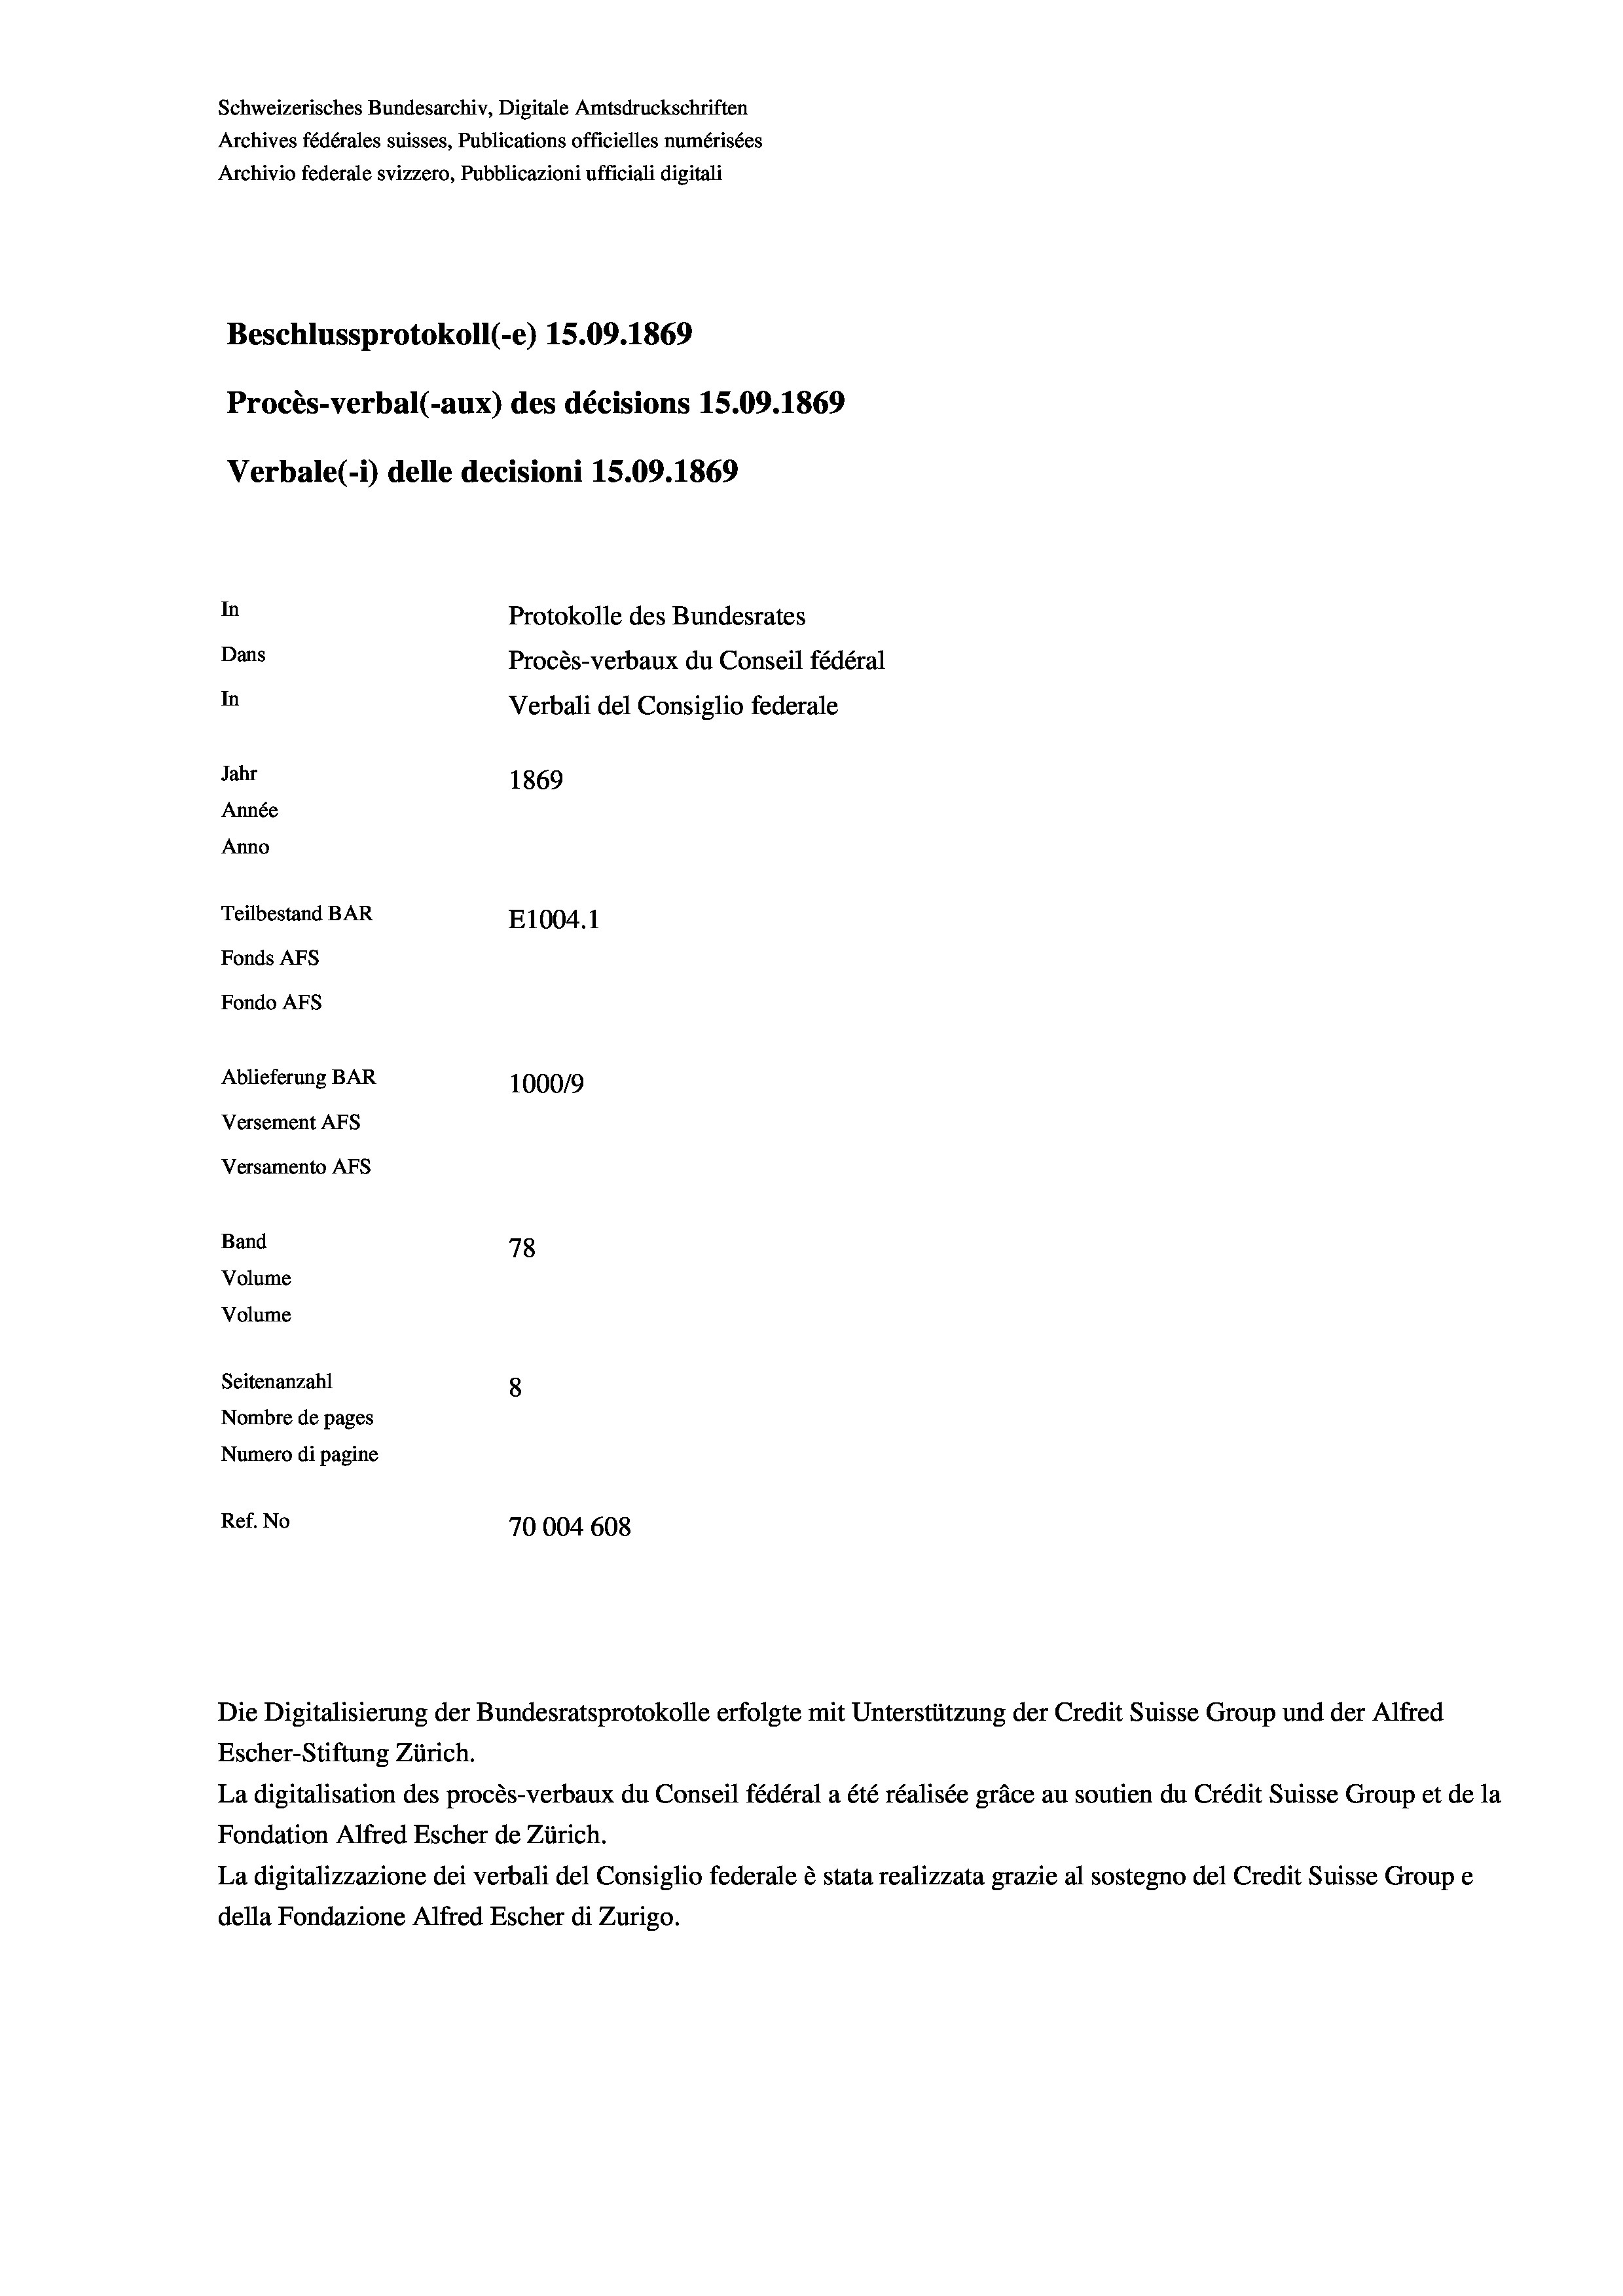
Schweizerisches Bundesarchiv, Digitale Amtsdruckschriften
Archives fédérales suisses, Publications officielles numérisées
Archivio federale svizzero, Pubblicazioni ufficiali digitali
Beschlussprotokoll (-e) 15.09. 1869
Procès-verbal (-aux) des décisions 15.09.1869
Verbale(1) delle decisioni 15.09. 1869
In
Protokolle des Bundesrates
Dans
Procès-verbaux du Conseil fédéral
In
Verbali del Consiglio federale
Jahr
1869
Année
Anno
Teilbestand BAR
E1004. 1
Fonds Afs
Fondo Afs

Ablieferung BAR
Versement AFS
Versamento Afs
Band
Volume
Volume

78
Seitenanzahl
8
Nombre de pages
Numero di pagine
Ref. No
70004 608

Escher-Stiftung Zürich.
La digitalisation des procès-verbaux du Conseil fédéral a été réalisée gräce au soutien du Crédit Suisse Group et de la
Fondation Alfred Escher de Zürich.
La digitalizzazione dei verbali del Consiglio federale è stata realizzata grazie al sostegno del Credit Suisse Groupe
della Fondazione Alfred Escher di Zurigo.

1000/9

Die Digitalisierung der Bundesratsprotokolle erfolgte mit Unterstützung der Credit Suisse Group und der Alfred